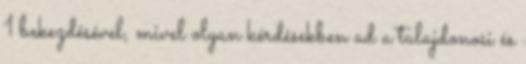
1 bekezdésével, mivel olyan kérdésekben ad a tulajdonosi és